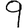
Digit: 9